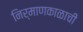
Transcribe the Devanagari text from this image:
निर्माणकाळाची